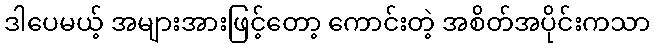
ဒါပေမယ့် အများအားဖြင့်တော့ ကောင်းတဲ့ အစိတ်အပိုင်းကသာ